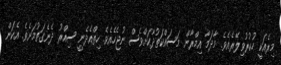
މިރެއަކީ ހުކުރުވިލޭރެއެވެ. މާދަމާ އިމްރާން މަސައްކަތުދާކަށްވެސް ނުޖެހެއެވެ. ހިތްއެދެނީ ސިއްރު ދެނެގަތުމަށެވެ. އެކަން